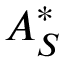
A _ { S } ^ { * }